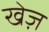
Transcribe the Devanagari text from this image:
खेज़